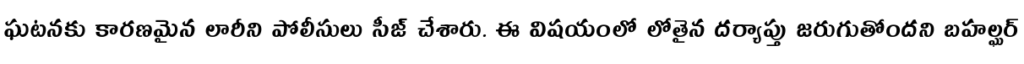
ఘటనకు కారణమైన లారీని పోలీసులు సీజ్ చేశారు. ఈ విషయంలో లోతైన దర్యాప్తు జరుగుతోందని బహల్ఘర్